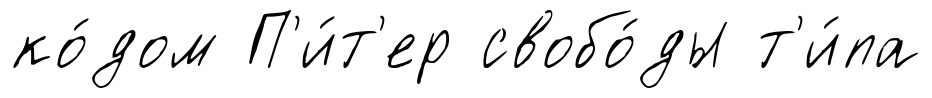
ко́дом П'и́т'ер свобо́ды т'и́па